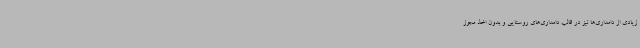
زیادی از دامداری‌ها نیز در قالب دامداری‌های روستایی و بدون اخذ مجوز